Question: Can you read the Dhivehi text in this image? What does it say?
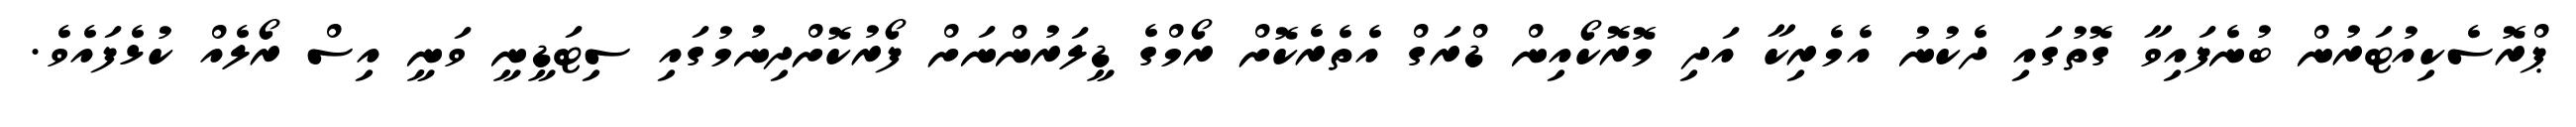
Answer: ޕްރޮސެކިއުޓަރުން ބުނެފައިވާ ގޮތުގައި ދެކުނު އެމެރިކާ އަދި މޮރޮކޯއިން ޑްރަގް އެތެރެކޮށް ރޯމްގެ ޑީލަރުންނަށް ފޯރުކޮށްދިނުމުގައި ސިޓަޑީނީ ވަނީ އިސް ރޯލެއް ކުޅެފައެވެ.